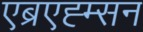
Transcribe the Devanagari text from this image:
एब्रएह्म्सन